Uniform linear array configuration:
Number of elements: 16
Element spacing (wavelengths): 0.5
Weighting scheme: uniform
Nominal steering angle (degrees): -60
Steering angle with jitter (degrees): -58.74
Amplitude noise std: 0.05
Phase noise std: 0.05

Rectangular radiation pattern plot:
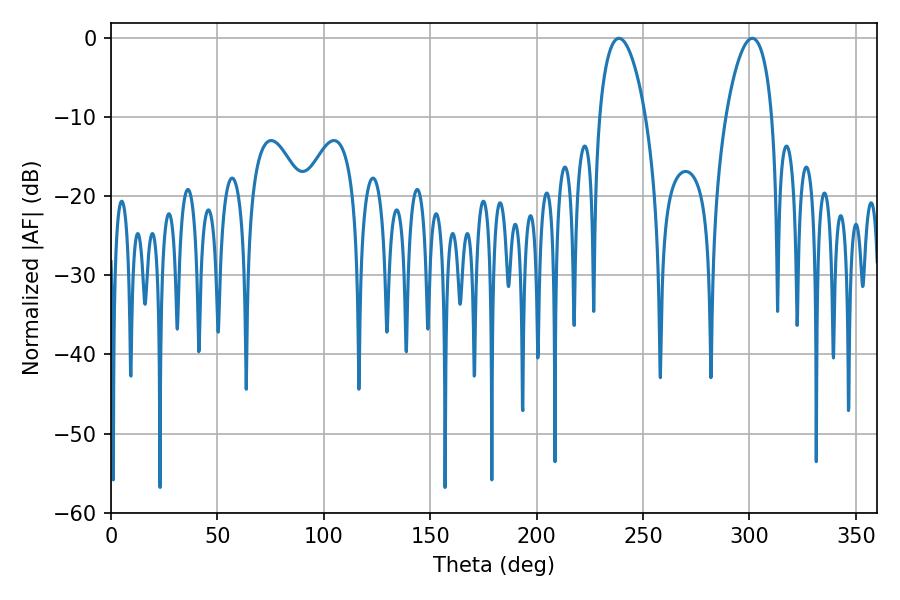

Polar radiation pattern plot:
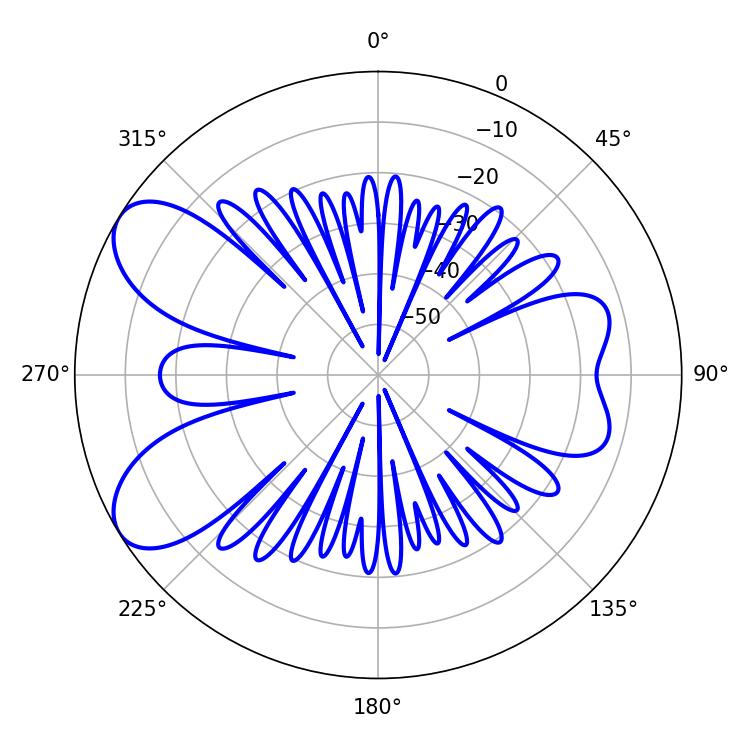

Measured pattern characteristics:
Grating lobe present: FALSE
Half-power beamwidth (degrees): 12.24
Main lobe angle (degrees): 238.68